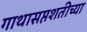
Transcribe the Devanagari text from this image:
गाथासप्तशतीच्या